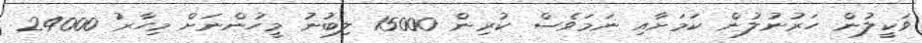
ވަކީލުން ހަރުނުލުން ކަމަށާއި ނަމަވެސް ކުރިން 15000 ލިބުނު މީހުންނަށް މިހާރު 24000